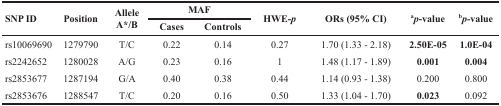
| <ROWSPAN=2> SNP ID | <ROWSPAN=2> Position | <ROWSPAN=2> Allele A*/B | <COLSPAN=2> MAF | <ROWSPAN=2> HWE-p | <ROWSPAN=2> ORs (95% CI) | <ROWSPAN=2> ap-value | <ROWSPAN=2> bp-value |
 | Cases | Controls |
 | --- | --- | --- | --- | --- | --- | --- | --- | --- |
 | rs10069690 | 1279790 | T/C | 0.22 | 0.14 | 0.27 | 1.70 (1.33 - 2.18) | 2.50E-05 | 1.0E-04 |
 | rs2242652 | 1280028 | A/G | 0.23 | 0.16 | 1 | 1.48 (1.17 - 1.89) | 0.001 | 0.004 |
 | rs2853677 | 1287194 | G/A | 0.40 | 0.38 | 0.44 | 1.14 (0.93 - 1.38) | 0.200 | 0.800 |
 | rs2853676 | 1288547 | T/C | 0.20 | 0.16 | 0.50 | 1.33 (1.04 - 1.70) | 0.023 | 0.092 |